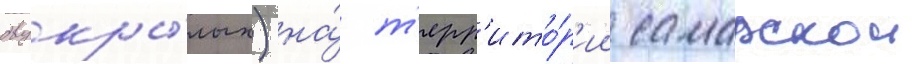
двукры́лых) на́ т'ерр'ито́р'ии самарскои